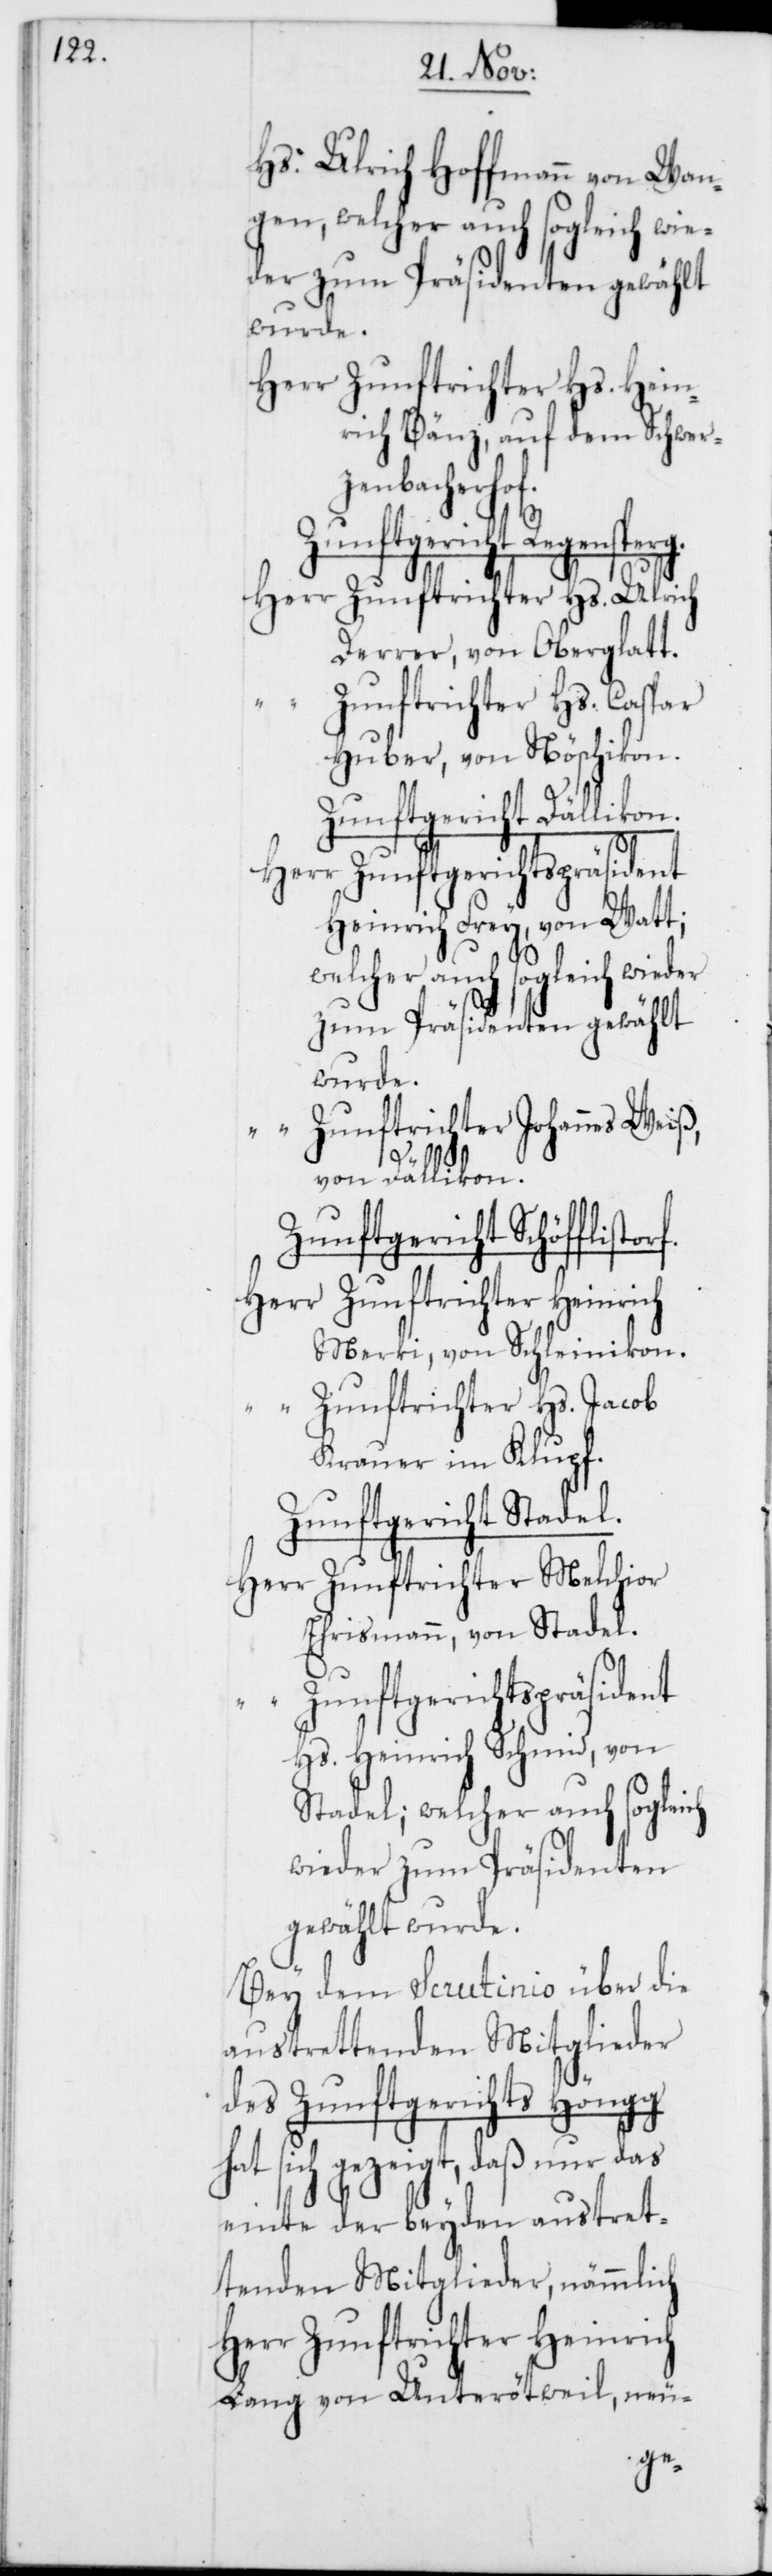
Hs. Ulrich Hoffmann von Wan¬
gen, welcher auch sogleich wie¬
der zum Präsidenten gewählt
wurde.
Herr Zunftrichter Hs. Hein¬
rich Bänz, auf dem Schwerz¬
storf.
Zunftgericht Regensperg.
Herr Zunftrichter Hs. Ulrich
Derrer, von Oberglatt.
Zunftrichter Hs. Caspar
Huber, von Nöschikon.
Zunftgericht Dälliko¬
Herr Zunftgerichtspräsident
Heinrich Frey, von Watt,
welcher auch sogleich wieder
zum Präsidenten gewählt
wurde.
Zunftrichter Johannes Weiß,
von Dällikon.
Zunftgericht Schöffli¬
Herr Zunftrichter Heinrich
Merki, von Schleinikon.
“ Zunftrichter Hs. Jacob
Krauer im Klupf.
Zunftgericht Stadel.
Herr Zunftrichter Melchior
Ehrismann, von Stadel.
Zunftgerichtspräsident
n.
Hs. Heinrich Schmid, von
Stadel; welcher auch sogleich
wieder zum Präsidenten
gewählt wurde.
Bey dem Scrutinio über die
austrettenden Mitglieder
des Zunftgerichts Höngg
hat sich gezeigt, daß nur das
einte der beyden austret¬
tenden Mitglieder, nämmlich
Herr Zunftrichter Heinrich
Lang von Unterötweil, neu-